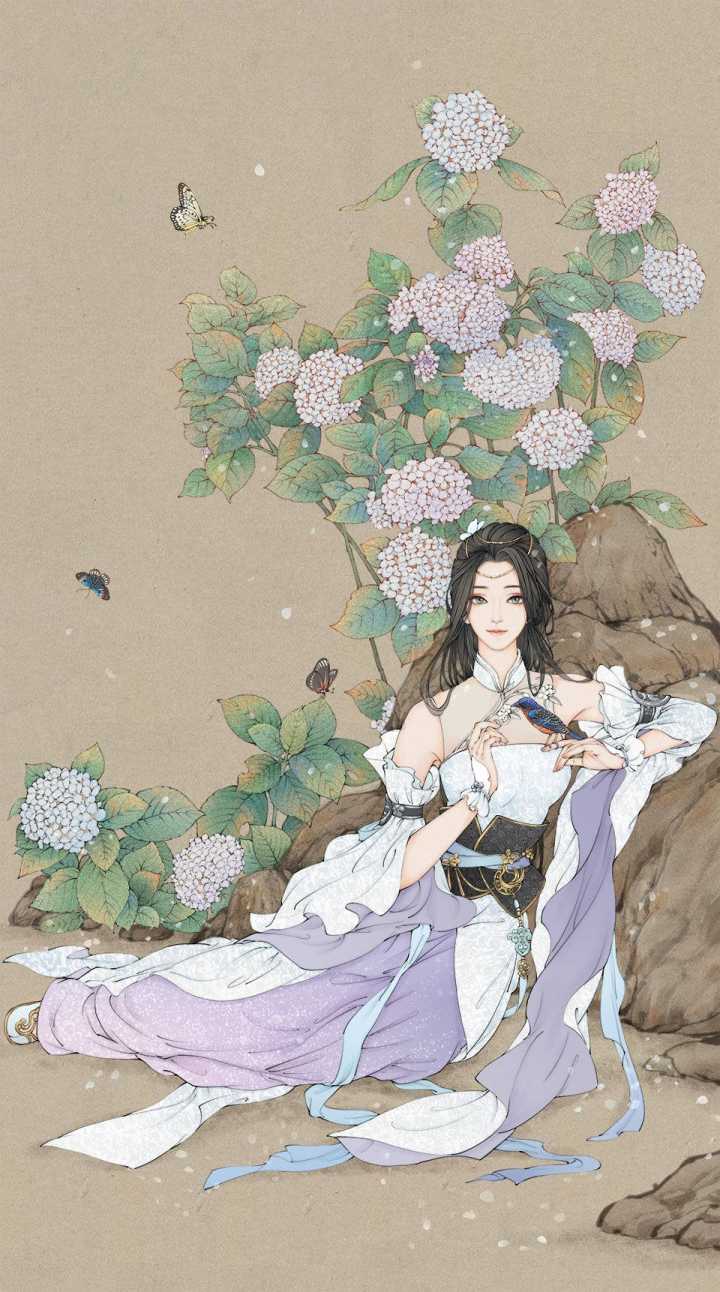
手携稚子夜归院，月冷空房不见人。